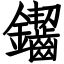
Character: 䥹